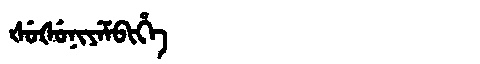
Manchu: ᡧᡠᡧᡠᠨᡳᠶᡝᠮᠪᡳᡥᡝ
Romanization: ŠUŠUNIYEMBIHE